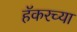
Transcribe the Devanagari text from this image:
हॅकरच्या